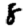
Digit: 8